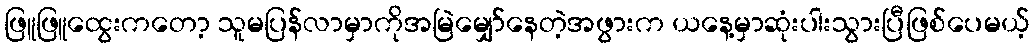
ဖြူဖြူထွေးကတော့ သူမပြန်လာမှာကိုအမြဲမျှော်နေတဲ့အဖွားက ယနေ့မှာဆုံးပါးသွားပြီဖြစ်ပေမယ့်